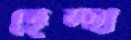
হেল্থ